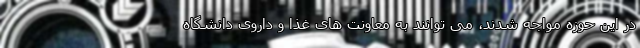
در این حوزه مواجه شدند، می توانند به معاونت های غذا و داروی دانشگاه